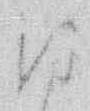
ひ